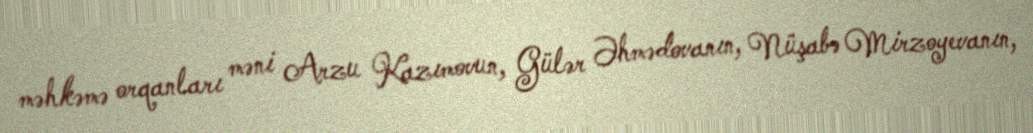
məhkəmə orqanları məni Arzu Kazımovun, Gülər Əhmədovanın, Nüşabə Mirzoyevanın,